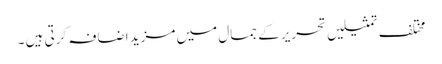
مختلف تمثیلیں تحریر کے جمال میں مزید اضافہ کرتی ہیں ۔